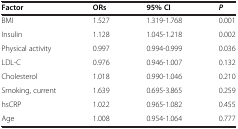
<table><thead><tr><td><b>Factor</b></td><td><b>ORs</b></td><td><b>95% CI</b></td><td><b><i>P</i></b></td></tr></thead><tbody><tr><td>BMI</td><td>1.527</td><td>1.319-1.768</td><td>0.001</td></tr><tr><td>Insulin</td><td>1.128</td><td>1.045-1.218</td><td>0.002</td></tr><tr><td>Physical activity</td><td>0.997</td><td>0.994-0.999</td><td>0.036</td></tr><tr><td>LDL-C</td><td>0.976</td><td>0.946-1.007</td><td>0.132</td></tr><tr><td>Cholesterol</td><td>1.018</td><td>0.990-1.046</td><td>0.210</td></tr><tr><td>Smoking, current</td><td>1.639</td><td>0.695-3.865</td><td>0.259</td></tr><tr><td>hsCRP</td><td>1.022</td><td>0.965-1.082</td><td>0.455</td></tr><tr><td>Age</td><td>1.008</td><td>0.954-1.064</td><td>0.777</td></tr></tbody></table>